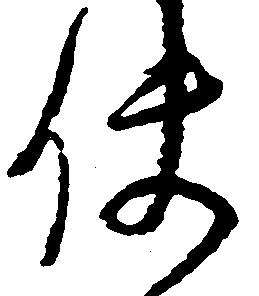
使